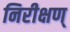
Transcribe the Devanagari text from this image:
निरीक्षण्